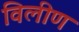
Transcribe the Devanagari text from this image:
विलीण